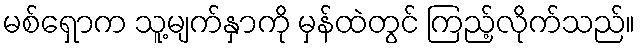
မစ်ရှောက သူ့မျက်နှာကို မှန်ထဲတွင် ကြည့်လိုက်သည်။